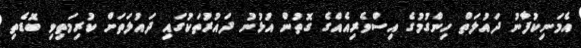
އެމަނިކުފާނު ދައުލަތް ހިންގުމުގެ އިސްވެރިއެއްގެ ގޮތުން އުޅުނު ދައުރުތަކުގައި ދައުލަތަށް ކުރިމަތިވި ބޮޑެތި